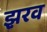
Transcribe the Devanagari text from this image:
झ़रव